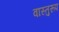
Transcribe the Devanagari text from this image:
वास्तुरूप